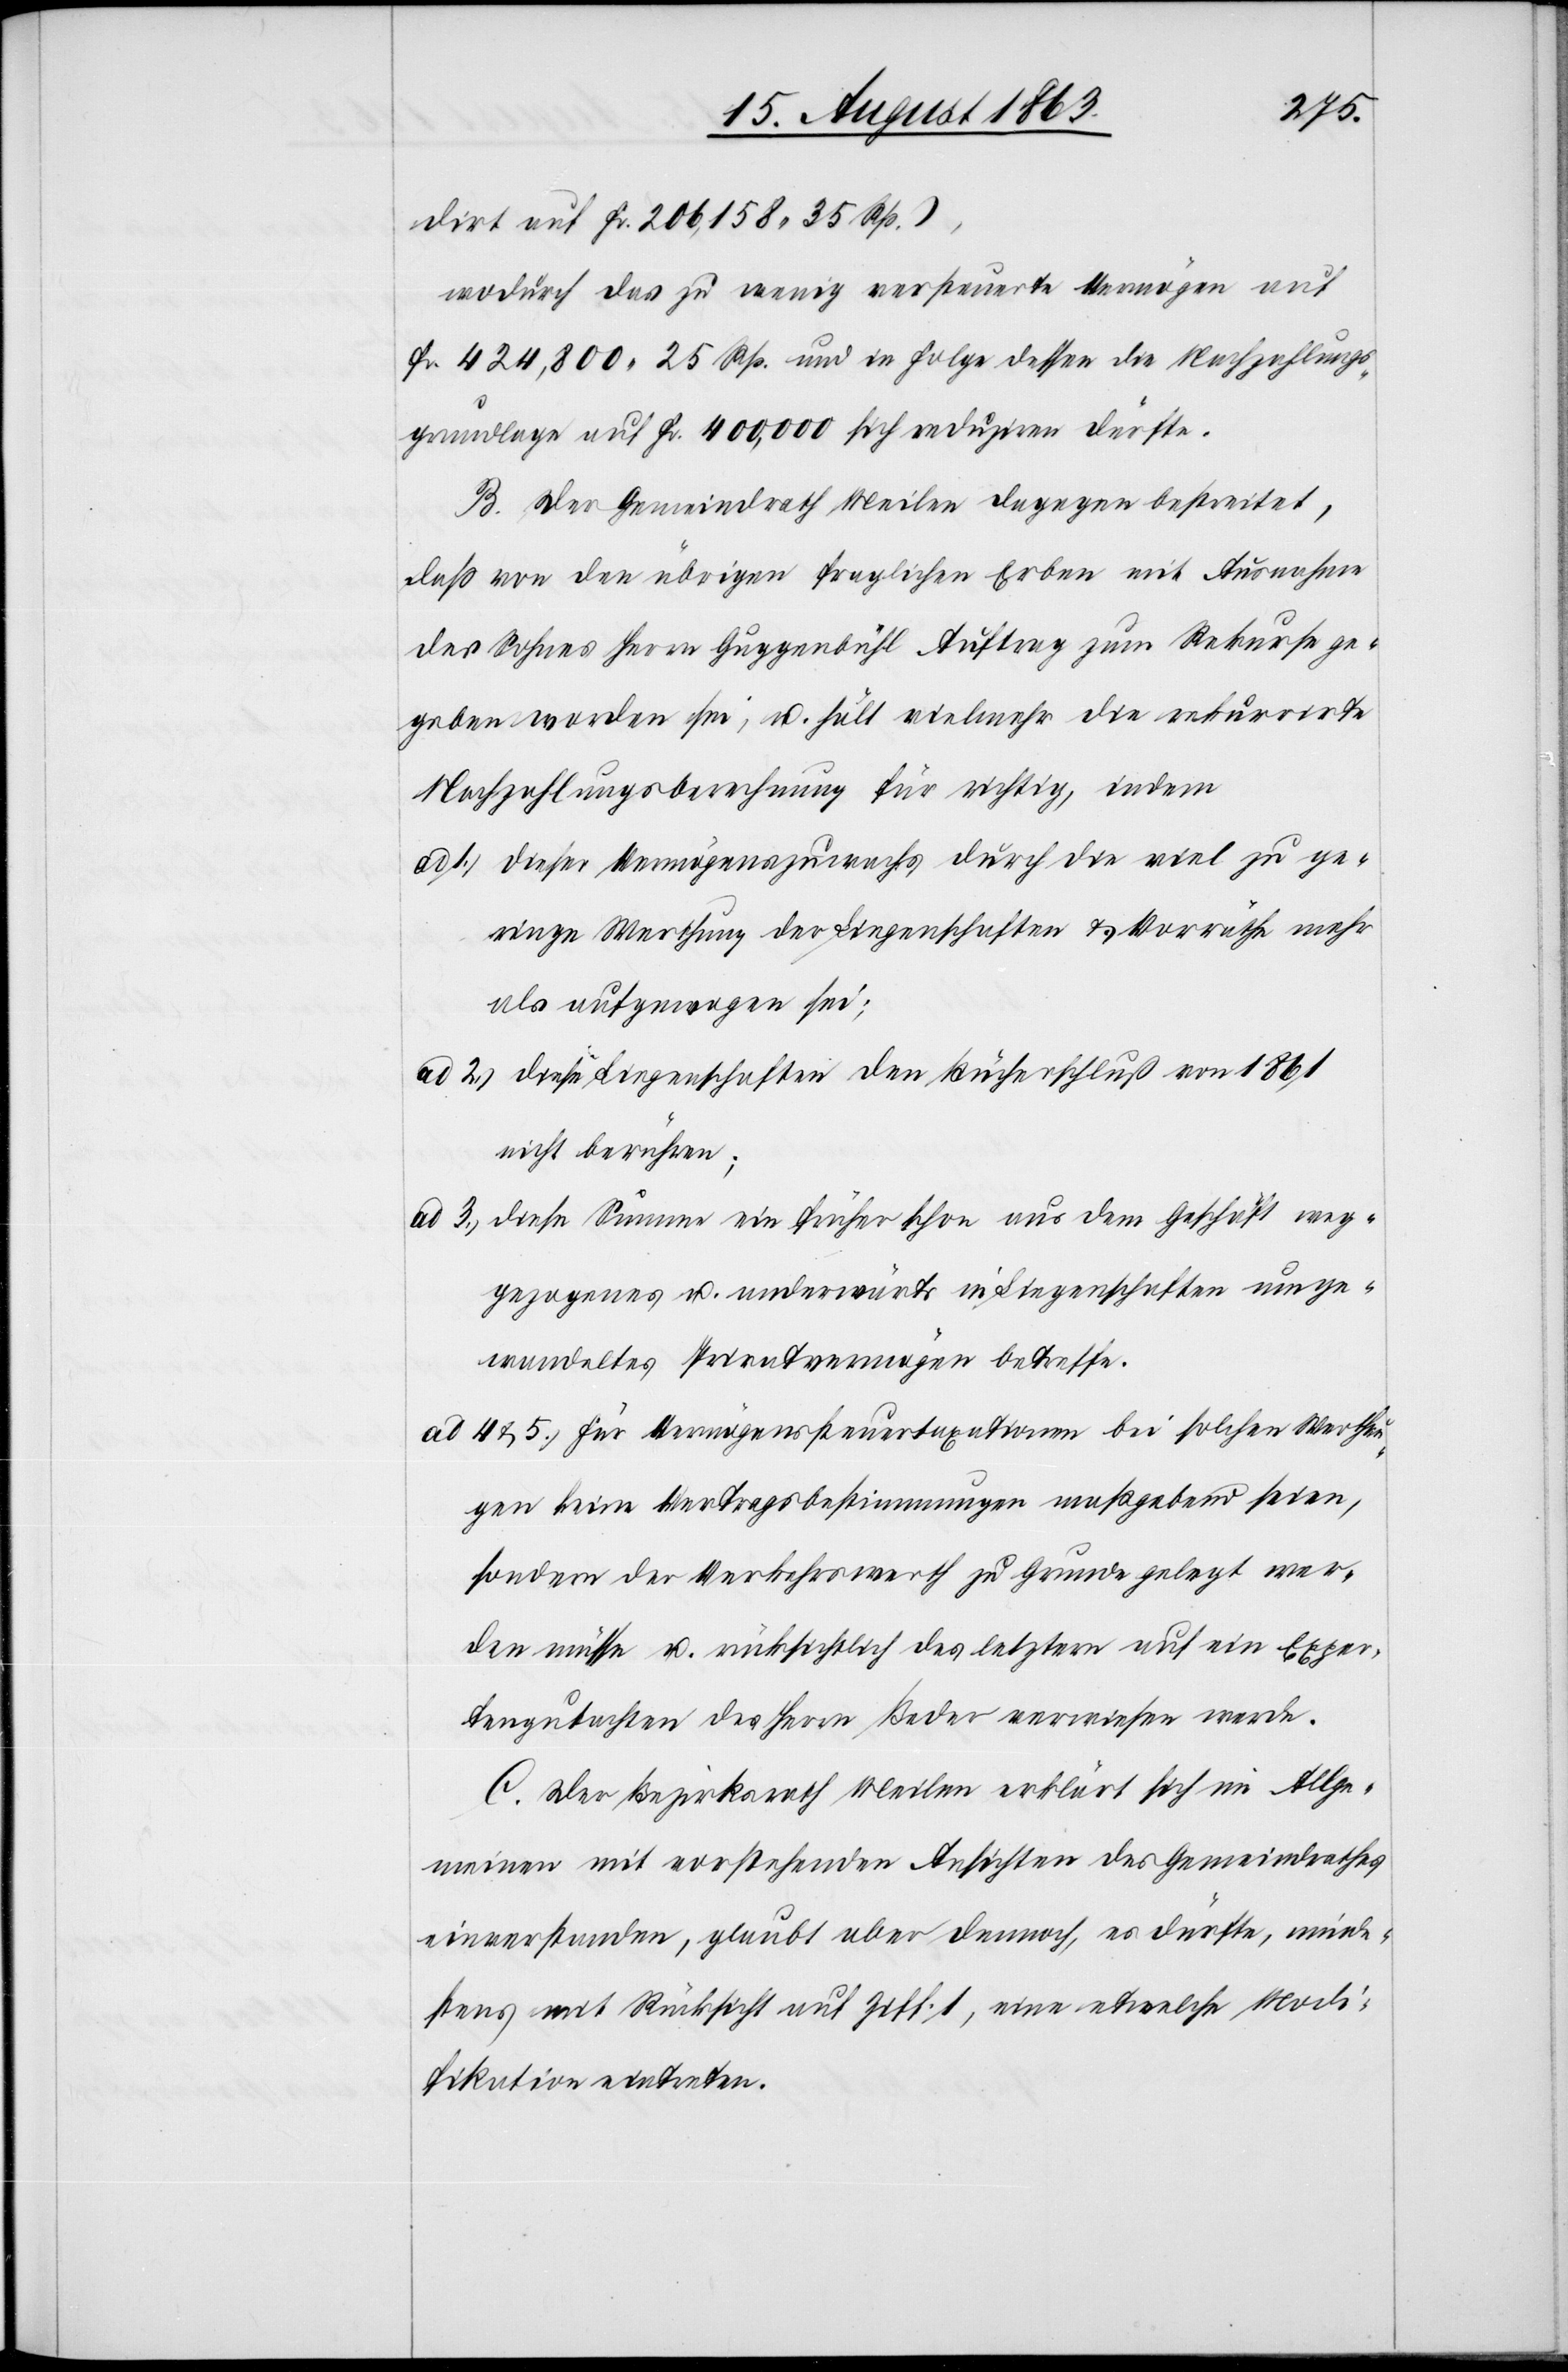
dirt auf Fr. 206,158. 35 Rp.),
wodurch das zu wenig versteuerte Vermögen auf
Fr. 424,800. 25 Rp. und in Folge dessen die Nachzahlungs¬
grundlage auf Fr. 400,000 sich reduziren dürfte.
B. Der Gemeindrath Meilen dagegen bestreitet,
daß von den übrigen fraglichen Erben mit Ausnahme
des Sohnes Herrn Guggenbühl Auftrag zum Rekurse ge¬
geben worden sei, u. hält vielmehr die rekurrirte
Nachzahlungsberechnung für richtig, indem
1.) dieser Vermögenszuwachs durch die viel zu ge¬
ringe Werthung der Liegenschaften & Vorräthe mehr
als aufgewogen sei;
ad 2.) diese Liegenschaften den Bücherschluß von 1861
nicht berühren;
ad 3.) diese Summe ein früher schon aus dem Geschäft weg¬
gezogenes u. anderwärts in Liegenschaften umge¬
wandeltes Privatvermögen betreffe.
ad 4 & 5.) Für Vermögenssteuertaxationen bei solchen Werthun¬
gen keine Vertragsbestimmungen maßgebend seien,
sondern der Verkehrswerth zu Grunde gelegt wer¬
den müsse u. rücksichtlich des letztern auf ein Exper¬
tengutachten des Herrn Beder verwiesen werde.
C. Der Bezirksrath Meilen erklärt sich im Allge¬
meinen mit vorstehenden Ansichten des Gemeindrathes
einverstanden, glaubt aber dennoch, es dürfte, minde¬
stens mit Rücksicht auf Ziff. 1, eine etwelche Modi¬
fikation eintreten.